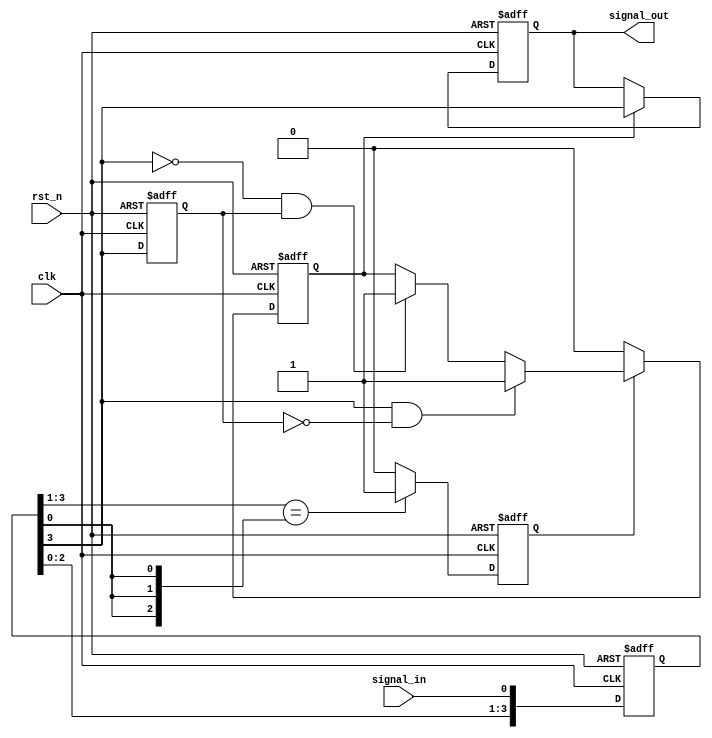
module DebouncedEdgeDetector (
    input wire clk,             // Clock input
    input wire rst_n,           // Active-low reset
    input wire signal_in,       // Input signal to debounce
    output reg signal_out       // Debounced output signal
);

    // Parameters
    parameter DEBOUNCE_TIME = 4; // Number of clock cycles for debouncing

    // State storage
    reg [DEBOUNCE_TIME-1:0] signal_history; // Shift register to store past states
    reg signal_stable; // Flag to indicate if the signal is stable

    // Edge detection variables
    reg signal_prev; // Previous stored state
    reg edge_detected; // Flag for edge detection

    // Process for debouncing
    always @(posedge clk or negedge rst_n) begin
        if (!rst_n) begin
            signal_history <= 0;
            signal_out <= 0;
            signal_prev <= 0;
            edge_detected <= 0;
            signal_stable <= 0;
        end else begin
            // Shift the history register
            signal_history <= {signal_history[DEBOUNCE_TIME-2:0], signal_in};

            // Check if the signal is stable
            if (signal_history == {DEBOUNCE_TIME{signal_history[0]}}) begin
                signal_stable <= 1'b1;
            end else begin
                signal_stable <= 1'b0;
            end

            // Detect edges once the signal is stable
            if (signal_stable) begin
                // Check for rising edge
                if (signal_history[DEBOUNCE_TIME-1] && !signal_prev) begin
                    edge_detected <= 1'b1; // Rising edge detected
                end
                // Check for falling edge
                else if (!signal_history[DEBOUNCE_TIME-1] && signal_prev) begin
                    edge_detected <= 1'b1; // Falling edge detected
                end
            end else begin
                edge_detected <= 1'b0; // No stable edge
            end

            // Update previous state for next clock cycle
            signal_prev <= signal_history[DEBOUNCE_TIME-1];

            // Update output only on edge detection
            if (edge_detected) begin
                signal_out <= signal_history[DEBOUNCE_TIME-1]; // Update output with stable signal
            end
        end
    end

endmodule